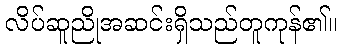
လိပ်ဆူညိုအဆင်းရှိသည်တူကုန်၏။